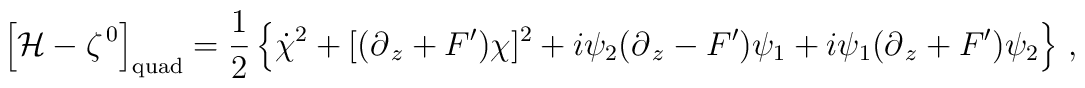
\left[{\cal H}-\zeta^{\,0}\right]_{\rm quad} =\frac{1}{2}\left\{\dot \chi^2+[(\partial_{\,z} +F^\prime)\chi]^2+i\psi_2(\partial_{\,z} - F^\prime)\psi_1 +i \psi_1(\partial_{\,z} +F^\prime)\psi_2\right\}\,,